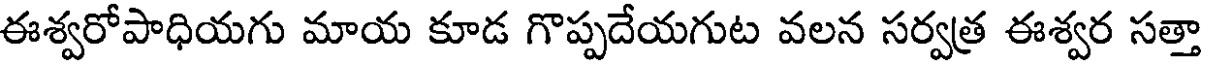
ఈశ్వరోపాధియగు మాయ కూడ గొప్పదేయగుట వలన సర్వత్ర ఈశ్వర సత్తా